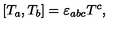
[ T _ { a } , T _ { b } ] = \varepsilon _ { a b c } T ^ { c } ,